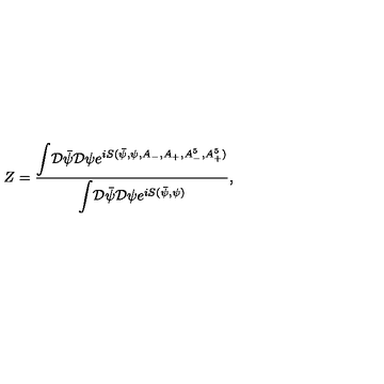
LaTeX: Z = \frac { { \displaystyle \int } { \cal D } { \bar { \psi } } { \cal D } \psi { \displaystyle e } ^ { i S ( { \bar { \psi } } , \psi , A _ { - } , A _ { + } , A _ { - } ^ { 5 } , A _ { + } ^ { 5 } ) } } { { \displaystyle \int } { \cal D } { \bar { \psi } } { \cal D } \psi { \displaystyle e } ^ { i S ( { \bar { \psi } } , \psi ) } } ,